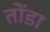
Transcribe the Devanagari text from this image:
तोंडा